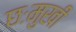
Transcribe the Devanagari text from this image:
छःमुखी